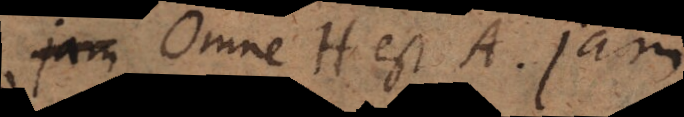
Omne H est A. Jam